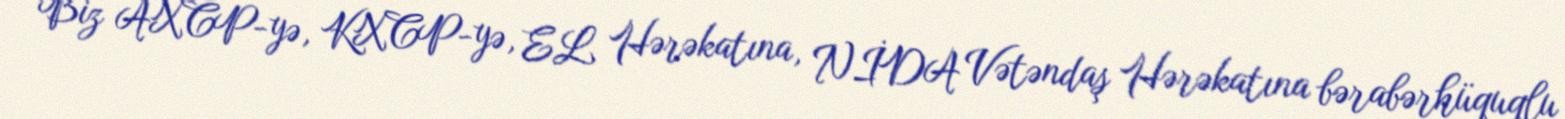
Biz AXCP-yə, KXCP-yə, EL Hərəkatına, NİDA Vətəndaş Hərəkatına bərabərhüquqlu